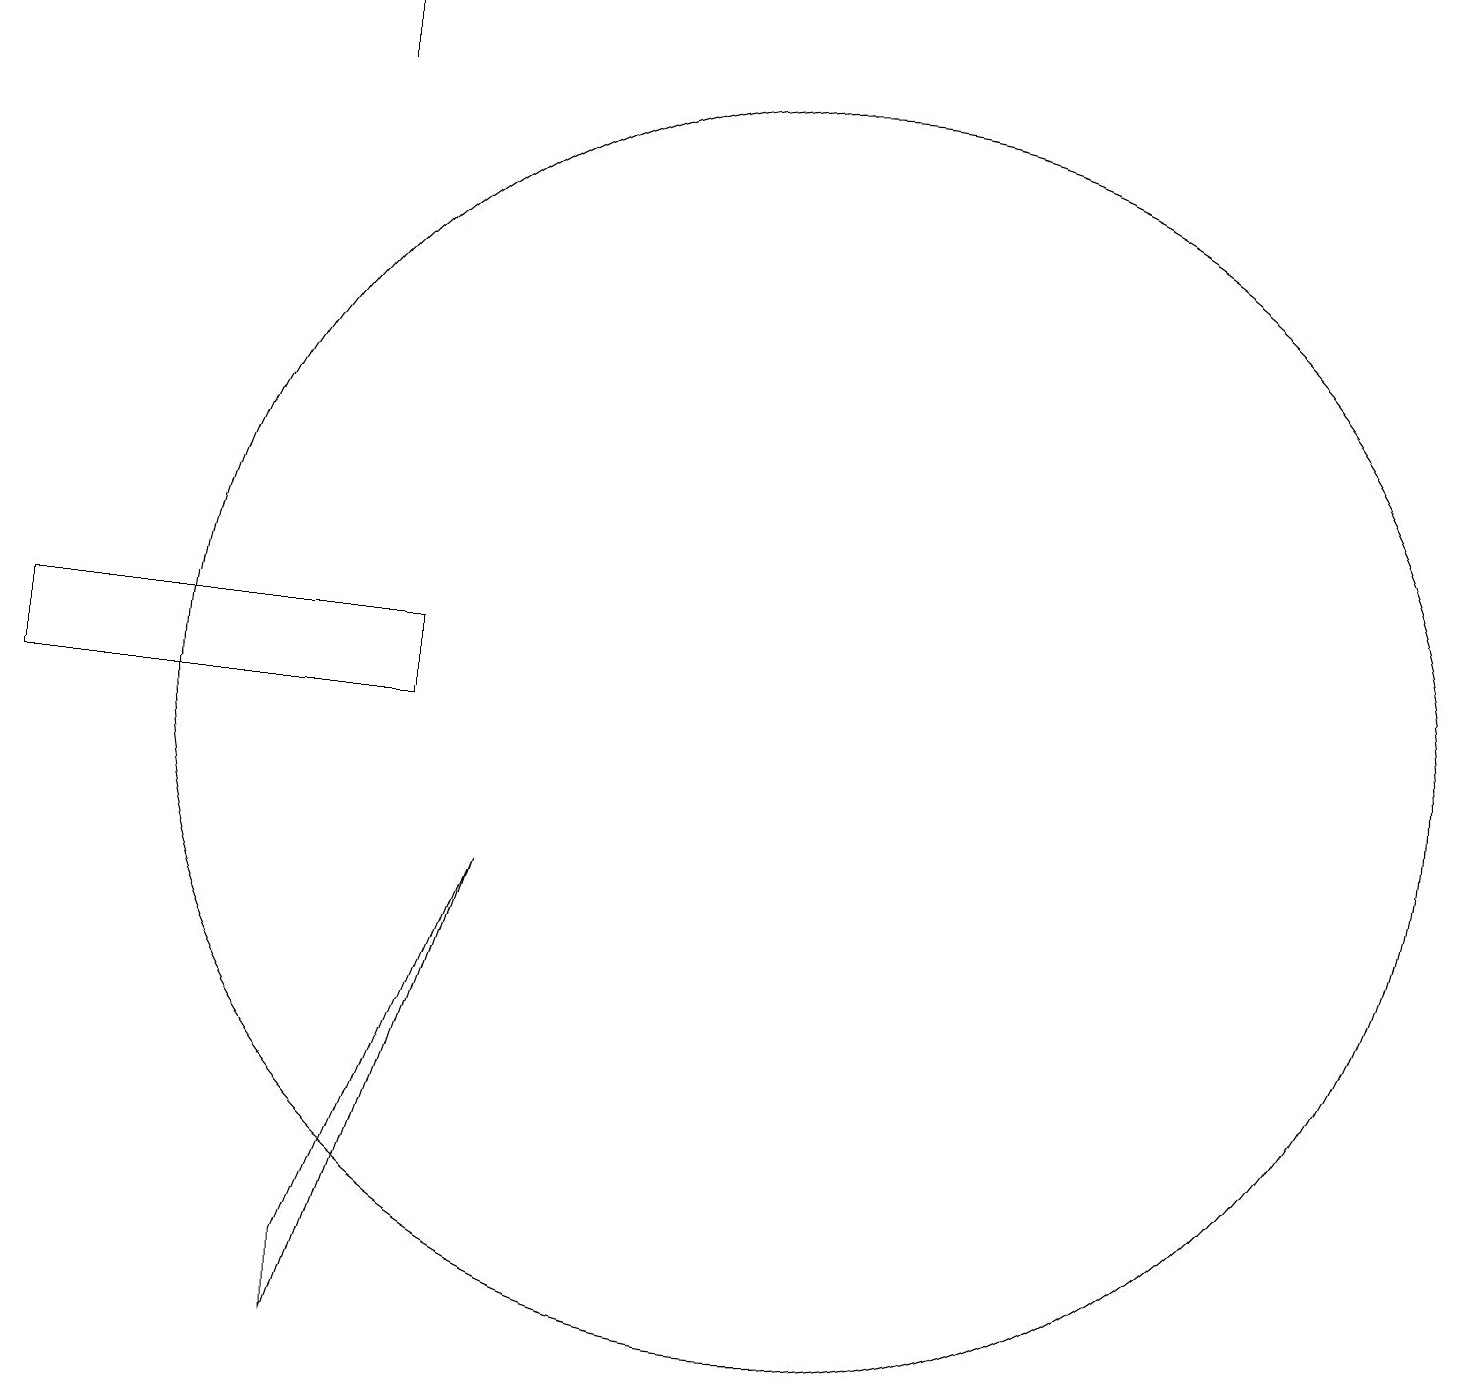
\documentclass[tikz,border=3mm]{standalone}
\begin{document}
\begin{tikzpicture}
\draw (11,10) circle (8);
\draw (5,2) -- (5,3) -- (7,8) -- cycle;
\draw (6,11) rectangle (1,10);
\draw (5,18) rectangle (5,19);
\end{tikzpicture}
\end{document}